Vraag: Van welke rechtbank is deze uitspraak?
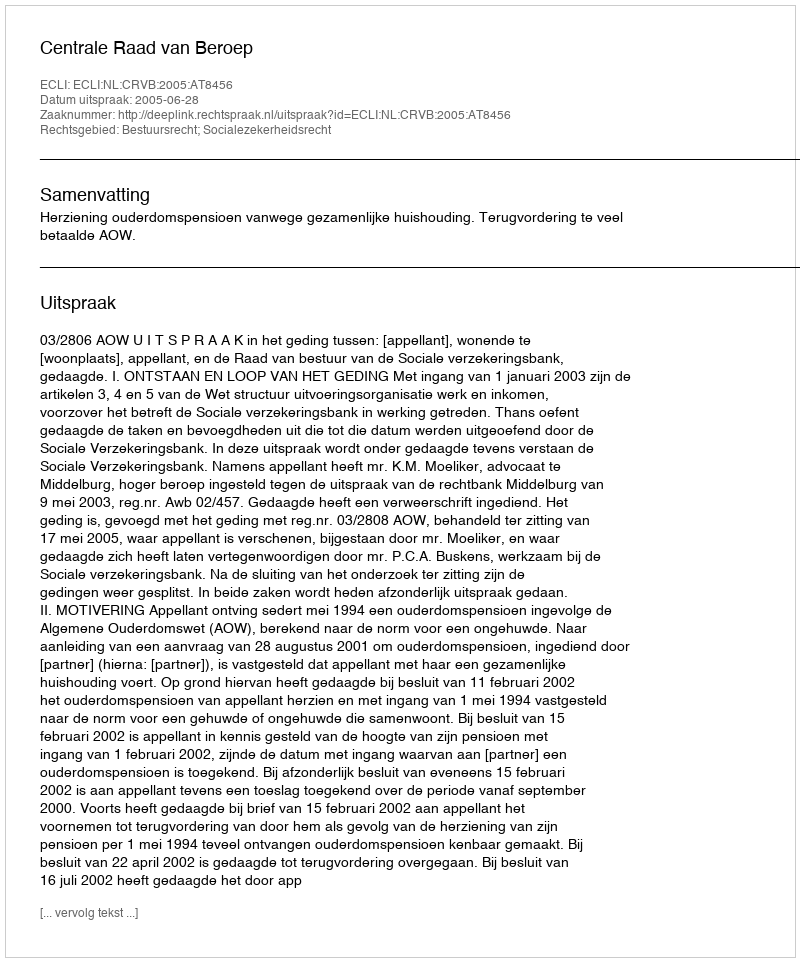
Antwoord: Centrale Raad van Beroep